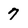
Character: 7